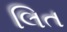
લિત